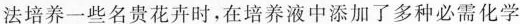
法培养一些名贵花卉时，在培养液中添加了多种必需化学